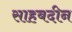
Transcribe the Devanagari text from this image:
साहबदीन